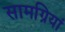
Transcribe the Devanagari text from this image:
सामग्रियां